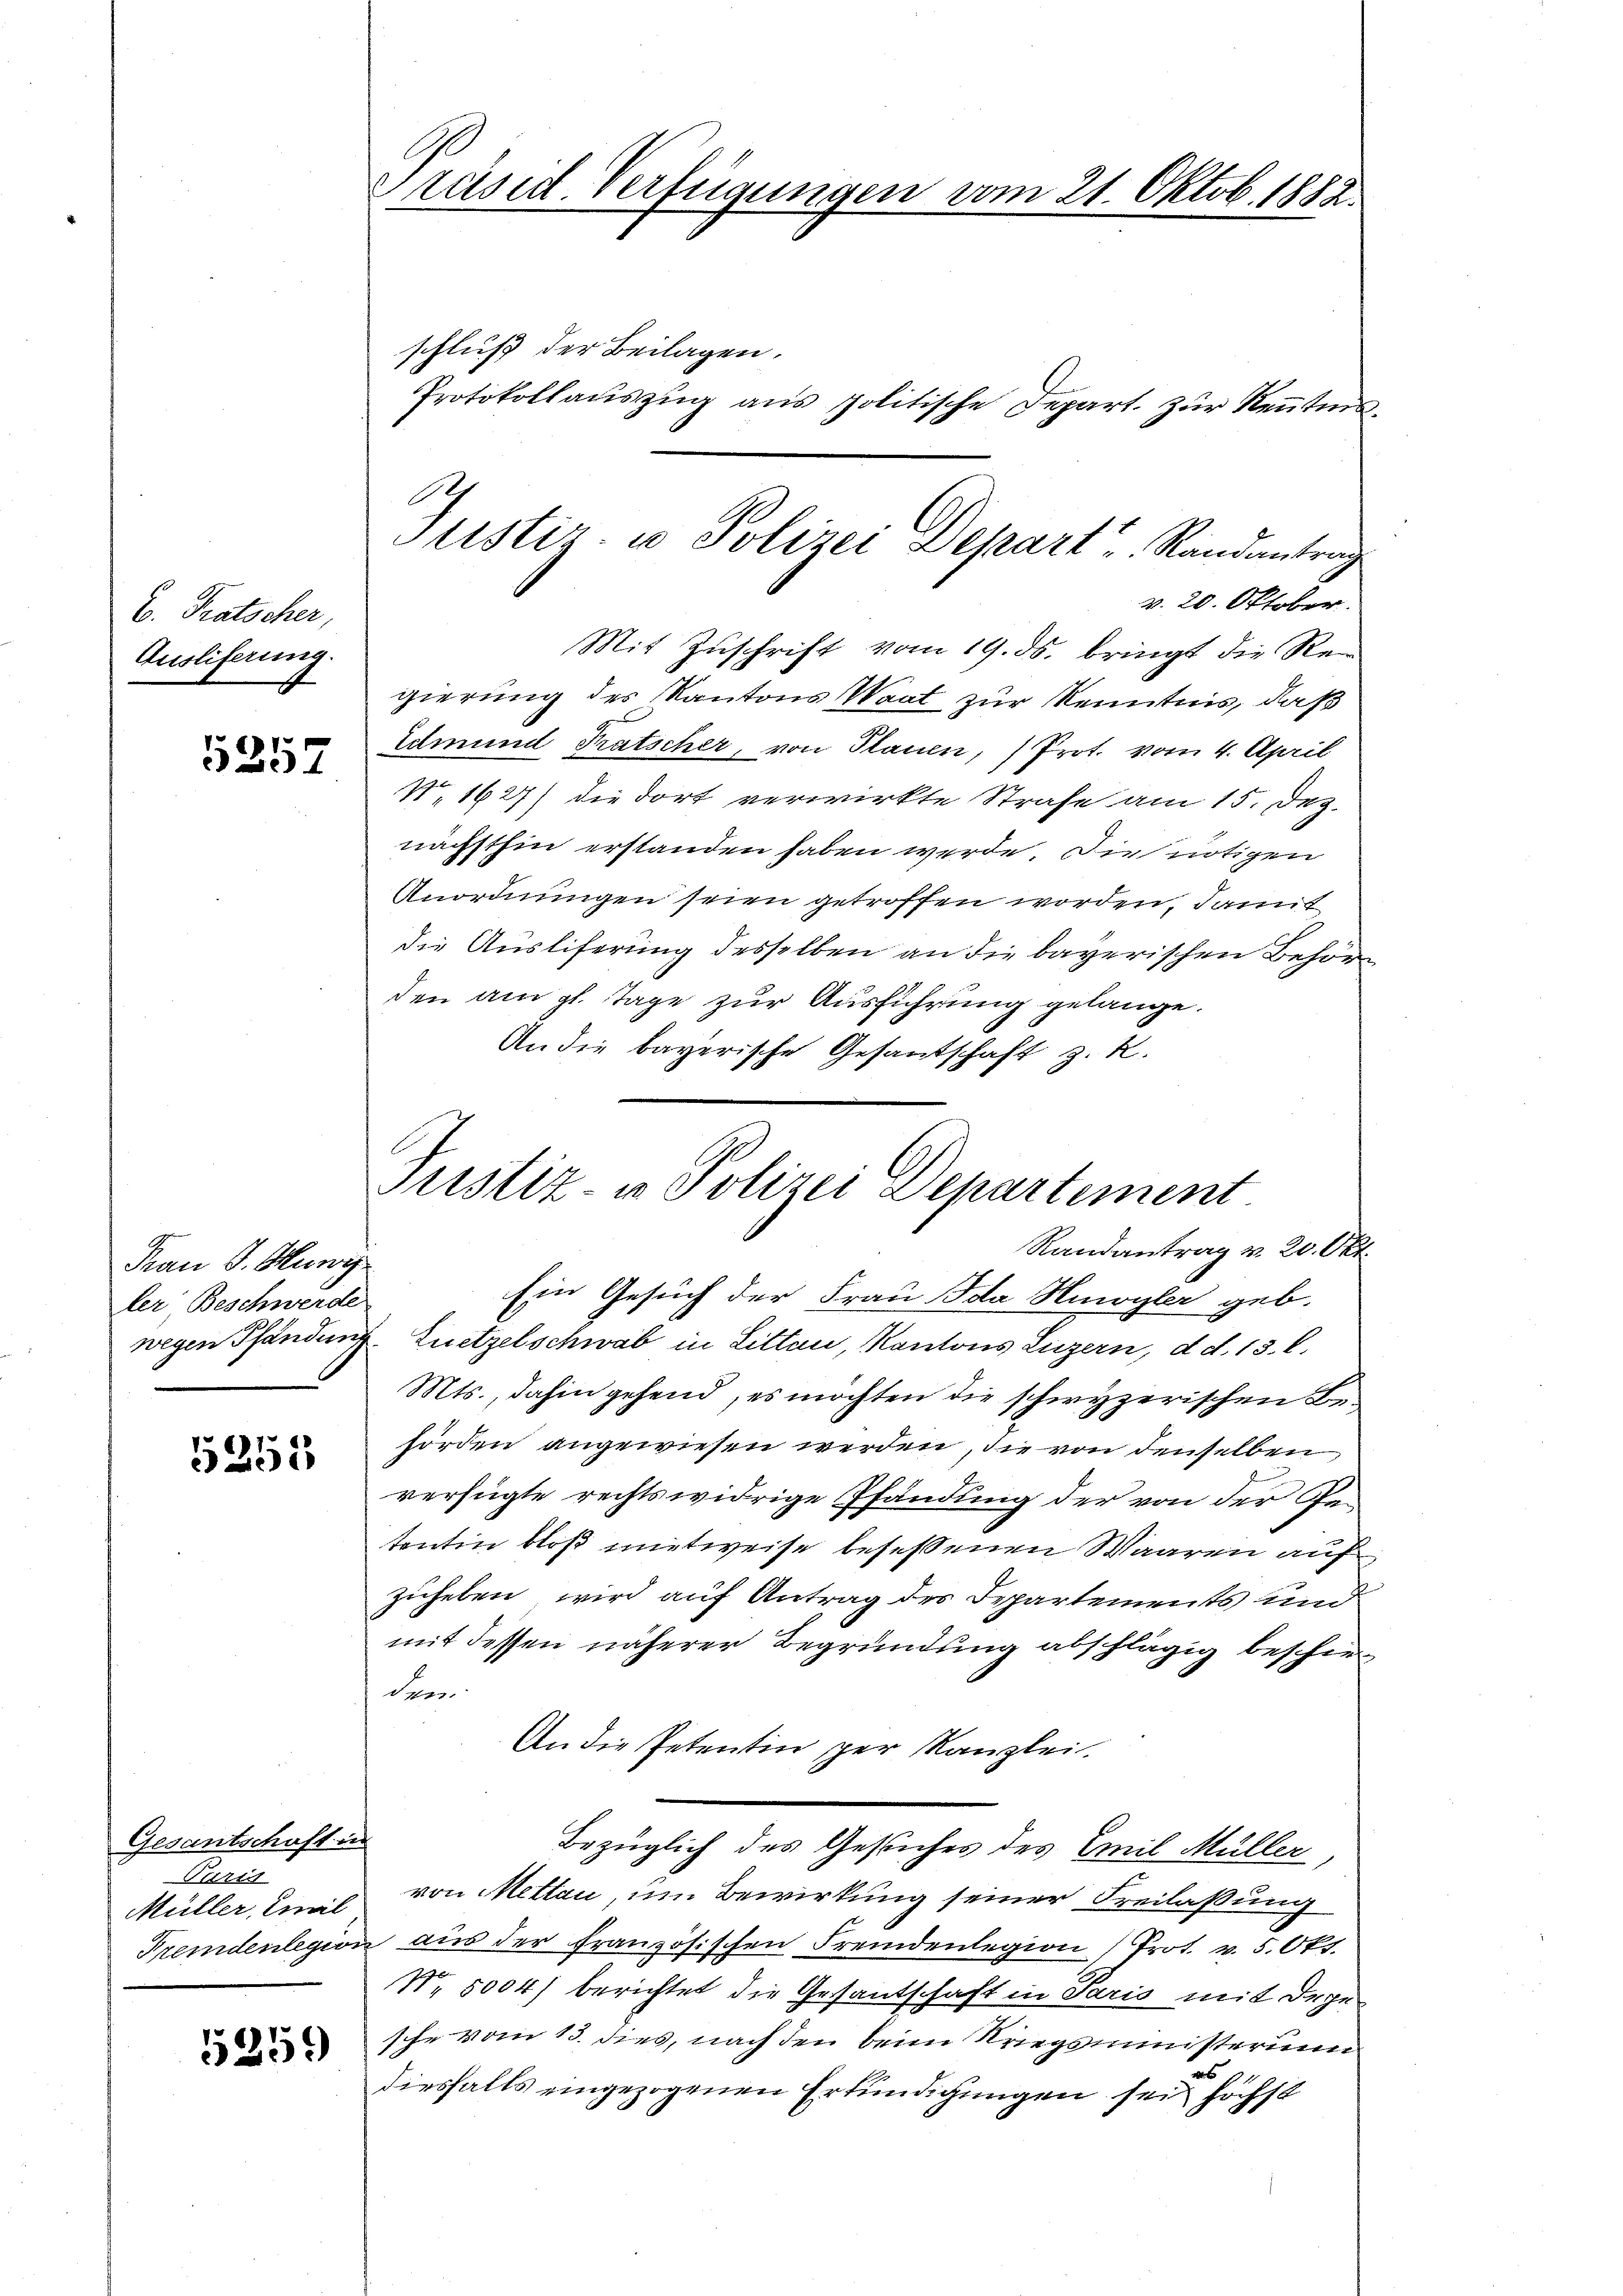
C. Tratscher,
Ausliferung.

5357

Frau d. Mnwi
ler Beschwerde

5252

Gesantschaft in
Purst
Müller, Emil
Fremdenlegion

5259

Präsid. Verfügungen vom 21. Oktob. 1882.

schluß der Beilagen.
Protokollauszug aus politische Depart. zur Kenntnis
v. 20. Oktober.
Mit Zuschrift vom 19. ds. bringt die Regierung des Kantons Waat zur Kenntnis, daß
Edmund Tratscher, von Plauen, Prot. vom 4. April
N. 1627) die dort verwirkte Strafe am 15. Dez.
nächsthin erstanden haben werde. Die nötigen
Anordnungen seien getroffen worden, damit
die Ausliferung desselben an die bayerischen Behör
den am gl. Tage zur Ausführung gelange.
An die bayerische Gesantschaft z. R.
Randantrag v. 20. Okt.
Ein Gesuch der Frau Ida Huwyler geb.
wegen Pfandung Euetzelschwab in Litten, Kantons Luzern, d. d. 13. l.
Mts., dahin gehend, es möchten die schwyzerischen Behörden angewiesen werden, die von denselben
verfügte rechtswidrige Pfändung der von der Getentin bloß mietweise besessenen Waaren auf
zuheben, wird auf Antrag des Departements und
mit dessen näherer Begründung abschlägig beschirdom
An die Petentin ger Kanzlei.
Bezüglich des Gesuches des Emil Müller,
von Metten, um Bewirkung seiner Freilassung
 aus der Französischen Fremdenlegion (Prot. v. 5. Okt.
No. 5004) berichtet die Gesantschaft in Paris mit Dege
sche vom 15. dies, nach den beim Kriegsministerium
1
diesfalls eingezogenen Erkundigungen sei höchst

Ge
Justiz- u Polizei Depart Randantrag

Justiz- & Polizei Departement